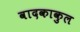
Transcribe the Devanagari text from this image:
वादकाकुल